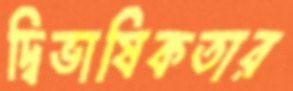
দ্বিভাষিকতার